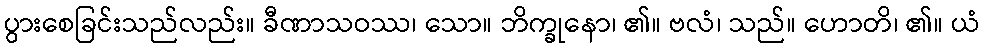
ပွားစေခြင်းသည်လည်း။ ခီဏာသဝဿ၊ သော။ ဘိက္ခုနော၊ ၏။ ဗလံ၊ သည်။ ဟောတိ၊ ၏။ ယံ